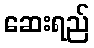
ဆေးရည်